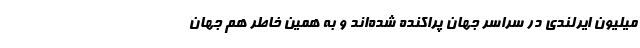
میلیون ایرلندی در سراسر جهان پراکنده شده‌اند و به همین خاطر هم جهان